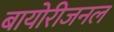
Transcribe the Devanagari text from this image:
बायोरीजनल